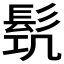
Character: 𩬛